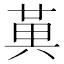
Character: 𭁔